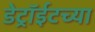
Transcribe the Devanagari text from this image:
डेट्रॉईटच्या